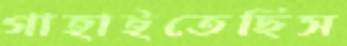
গাহাইতেছিস